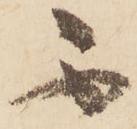
不